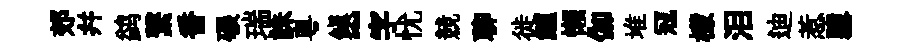
郊幷鹢繋香碾瑞誅粵鎭~字忧競聊徙鱸懶伽堆冦檬泪迪惹隳